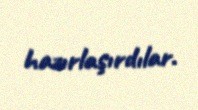
hazırlaşırdılar.